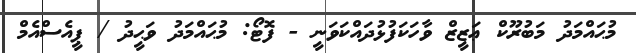
މުޙައްމަދު މަބުރޫކް ޢަޒީޒް ވާހަކަފުޅުދައްކަވަނީ - ފޮޓޯ: މުޙައްމަދު ވަޙީދު / ޕީއެސްއެމް